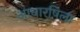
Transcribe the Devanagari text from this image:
आधारषिला